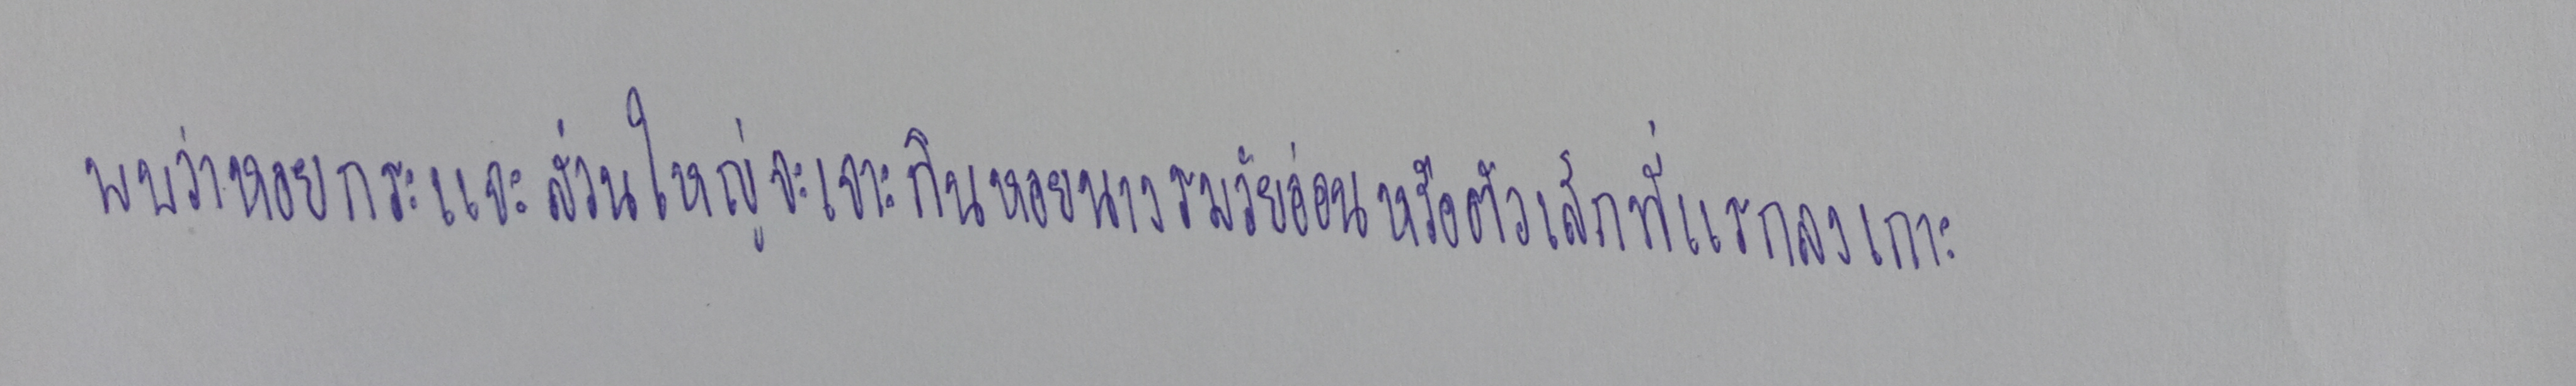
พบว่าหอยกระแจะส่วนใหญ่จะเจาะกินหอยนางรมวัยอ่อนหรือตัวเล็กที่แรกลงเกาะ